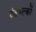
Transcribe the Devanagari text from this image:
दंतवल्कों